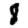
Digit: 8